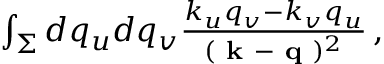
\begin{array} { r } { \int _ { \Sigma } d q _ { u } d q _ { v } \frac { k _ { u } q _ { v } - k _ { v } q _ { u } } { ( \textbf { k } - \textbf { q } ) ^ { 2 } } \, , } \end{array}